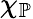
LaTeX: \chi_{\mathbb{P}}